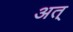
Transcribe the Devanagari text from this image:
अत्‌